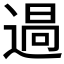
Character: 𮞪